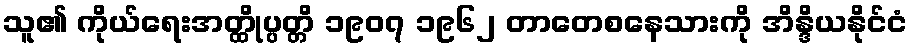
သူ၏ ကိုယ်ရေးအတ္ထိုပ္ပတ္တိ ၁၉၀၇ ၁၉၆၂ တာတေစနေသားကို အိန္ဒိယနိုင်ငံ